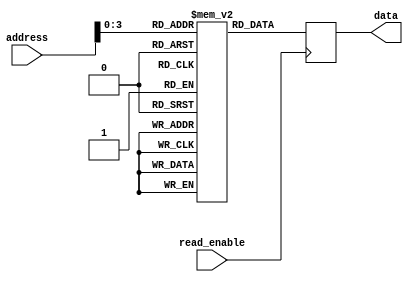
module Flash_ROM(
    input [7:0] address,
    input read_enable,
    output reg [7:0] data
);

parameter NUM_BLOCKS = 16;
parameter BITS_PER_BLOCK = 8;

reg [7:0] memory [NUM_BLOCKS-1:0];
reg [3:0] selected_block;

// Decoder to select memory block based on address
always @ (address)
begin
    selected_block = address[3:0];
end

// Output interface to retrieve data from selected memory block
always @ (posedge read_enable)
begin
    if (read_enable)
        data <= memory[selected_block];
end

endmodule